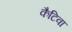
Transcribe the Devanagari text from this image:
कैटिवा